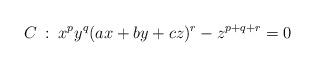
LaTeX: \begin{align*}C\::\: x^py^q(ax+by+cz)^r-z^{p+q+r}=0\end{align*}